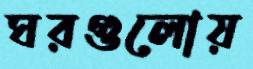
ঘরগুলোয়